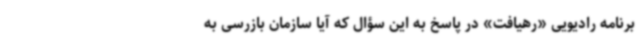
برنامه رادیویی «رهیافت» در پاسخ به این سؤال که آیا سازمان بازرسی به